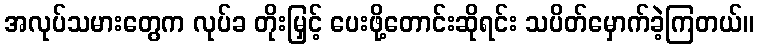
အလုပ်သမားတွေက လုပ်ခ တိုးမြှင့် ပေးဖို့တောင်းဆိုရင်း သပိတ်မှောက်ခဲ့ကြတယ်။